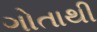
ગોતાથી